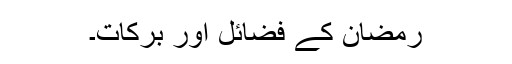
رمضان کے فضائل اور برکات۔